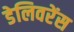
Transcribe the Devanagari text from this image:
डेलिवरेंस